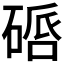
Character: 𥔠